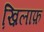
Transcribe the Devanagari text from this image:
ख़ि़लाफ़